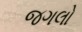
જગલો